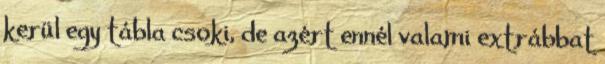
kerül egy tábla csoki, de azért ennél valami extrábbat